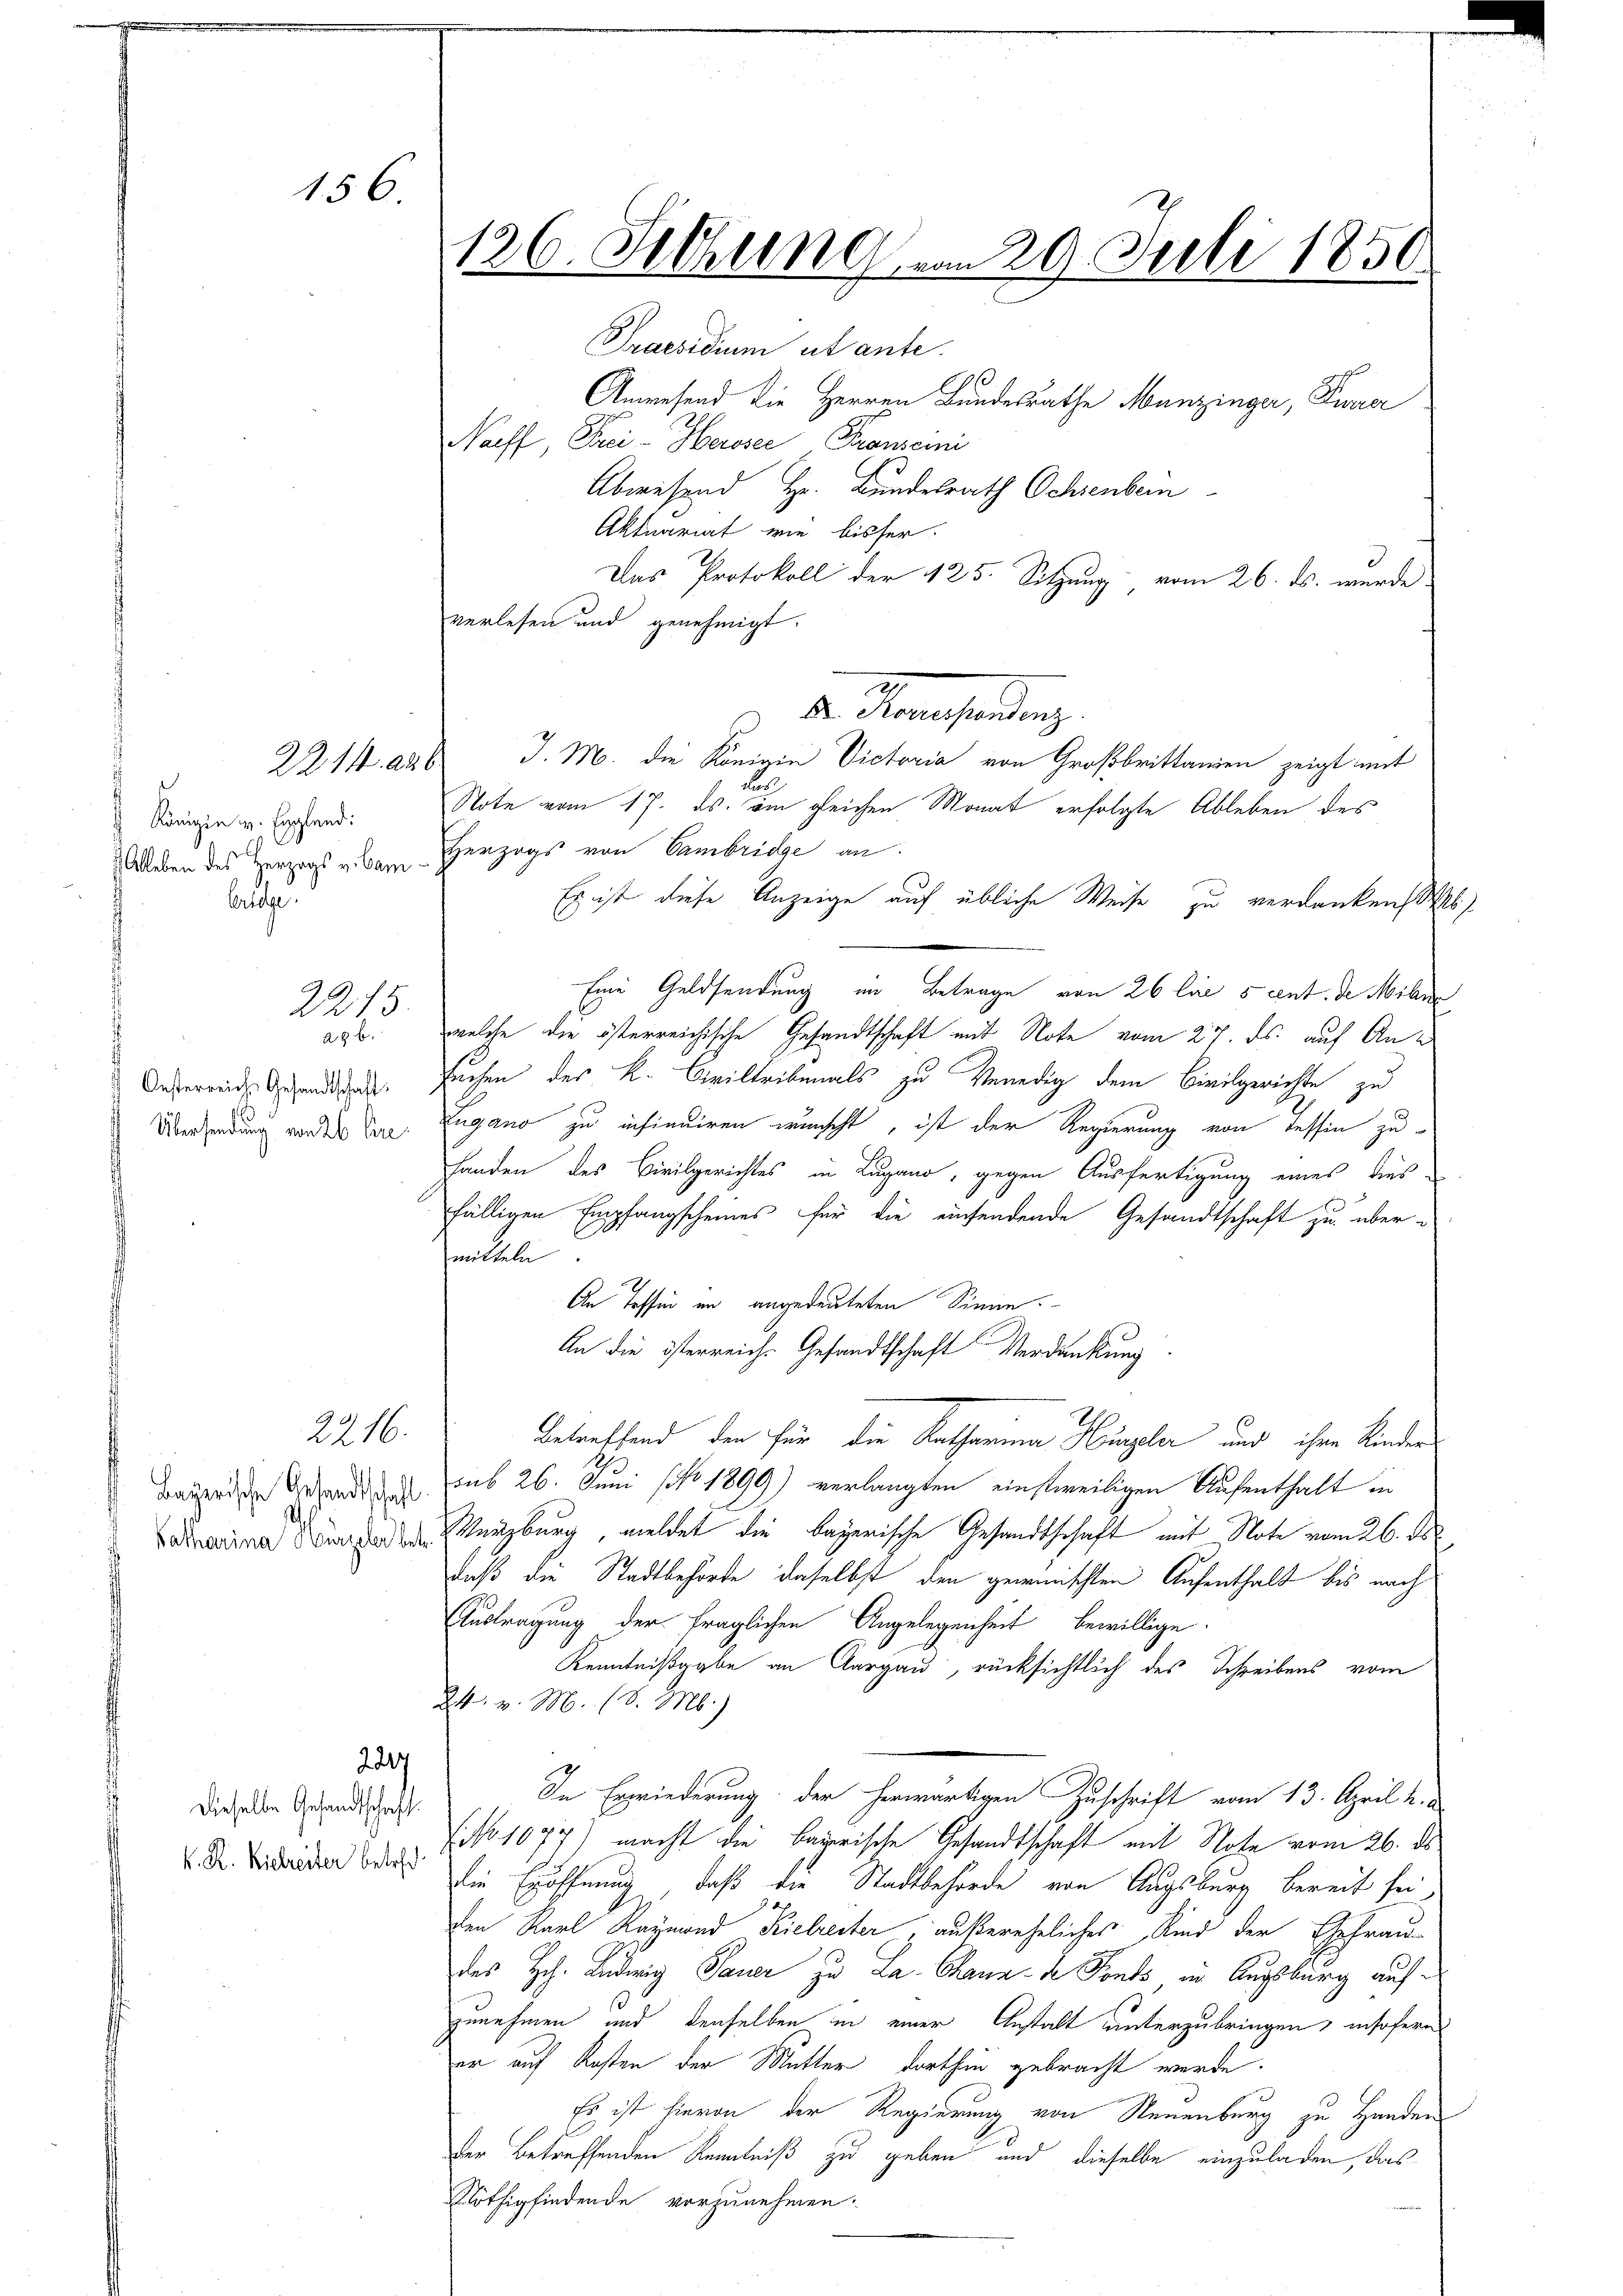
156.

e
Königin v. England:
Ableben des Herzogs v. Bam
belege
t

2214. ad b

a8 b.
Oesterreichs Gesandtschaft
Übersendung von 26 lire

2275.

Bayerische Gesandtschaft
Batharina Hirzeler betr.

2216.

2247

dieselbe Gesandtschaft
K. R. Riebreiter betret

126. Setzung vom 29. Juli 1850

Praesidium ut ante.
Anwesend die Herren Bundesrathe Munzinger, Fina
Nacht Frei- Housser Franzemi
Abwesend Hr. Bundesrath Schreibern
Aktuariat wie bisher.
Das Protokoll der 125. Sitzung vom 26. ds. wurde
verlesen und genehmigt.
d. Konsendung
J. M. die Königin Victoria von Großbrittanien zeigt mit
2
Note vom 17. ds. am gleichen Monat erfolgte Ableben des
Herzogs von Cambridge an.
Es ist diese Anzeige auf übliche Weise zu verdanken, b
Eine Geldsendung im Betrage von 26 lie 5 cent. de Mili
welche die österreichische Gesandtschaft mit Note vom 27. ds. auf Ansuchen des K. Civiltribunals zu Venedig dem Civilgerichte zu
ugano zu insinuiren wünscht, ist der Regierung von dessen zu
handen des Civilgerichtes in Lugano, gegen Ausfertigung eines dies-
fälligen Empfangscheines für die einsendende Gesandtschaft zu über-
mitteln
An Tessin in angedeuteten Sinne.
An die österreich-Gesandtschaft Verdankung.
betreffend den für die Katharina Herzler und ihre Kinder
sub 26. Juni NNo. 1899) verlangten einstweiligen Aufenthalt in
Würzburg, meldet die bayerische Gesandtschaft mit Note vom 26. ds
daß die Stadtbehörde daselbst den gewünschten Aufenthalt bis nach
Austragung der fraglichen Angelegenheit bewillige.
Kenntnißgabe an Aargau, rücksichtlich des Schreibens vom
24. v. M. (S. M.)
In Erwiederung der herwärtigen Zuschrift vom 13. April u. a.
(No 1077) macht die bayerische Gesandtschaft mit Note vom 26. ds.
die Eröffnung, daß die Stadtbehörde von Augsburg bereit sei,
den Karl Raymond Kielrester, außereheliches Kind der Ehefrau
des Hch. Ludwig Sauer zu La Chaux-de Fonds im Augsburg aufzunehmen und denselben in einer Anstalt unterzubringen, insofern
er auf Kosten der Mutter dorthin gebracht werde.
Es ist hievon der Regierung von Neuenburg zu Handen
der Betreffenden Kenntniß zu geben und dieselbe einzuladen, das
Nöthig findende vorzunehmen.